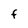
Character: f